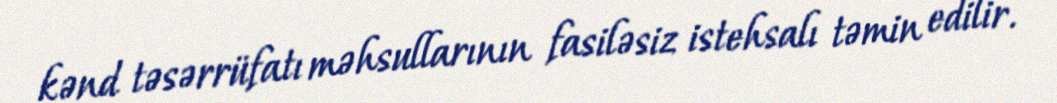
kənd təsərrüfatı məhsullarının fasiləsiz istehsalı təmin edilir.